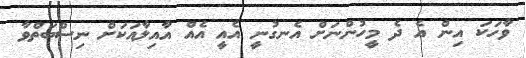
ވާހަކަ އިން އެ ދެ މީހުންނަށް އެނގުނީ އެއީ އެއް އާއިލާއަކަށް ނިސްބަތްވާ